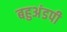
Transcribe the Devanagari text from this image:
बहुअंडपी